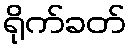
ရိုက်ခတ်